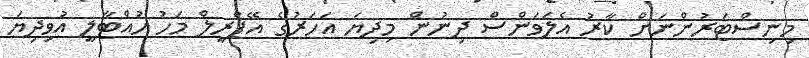
މިނިސްޓަރުންނަށް ކާރު އެލަވަންސް ދިނުން މިދިޔަ އަހަރުގެ އޭޕްރީލް މަހު ހުއްޓާލީ އުވިދިޔަ